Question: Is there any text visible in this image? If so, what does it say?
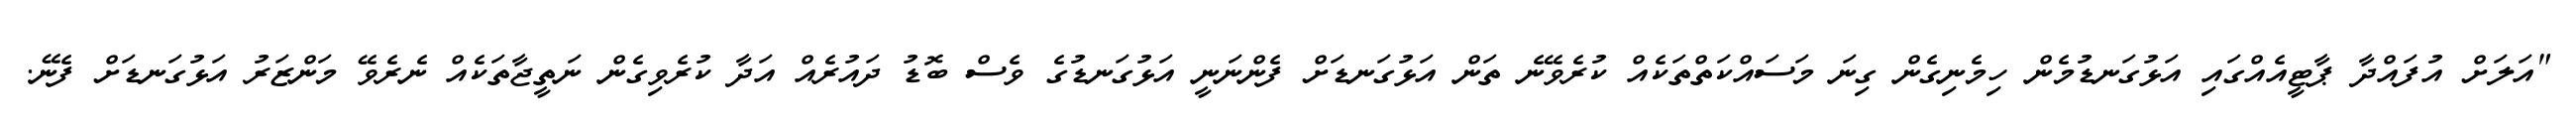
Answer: "އަލަށް އުފައްދާ ޕާޓީއެއްގައި އަޅުގަނޑުމެން ހިމެނިގެން ގިނަ މަސައްކަތްތަކެއް ކުރެވޭނެ ތަން އަޅުގަނޑަށް ފެންނަނީ އަޅުގަނޑުގެ ވެސް ބޮޑު ދައުރެއް އަދާ ކުރެވިގެން ނަތީޖާތަކެއް ނެރެވޭ މަންޒަރު އަޅުގަނޑަށް ފެނޭ.